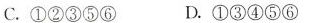
C.①②③⑤⑥ D.①③④⑤⑥